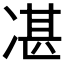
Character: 𠗮